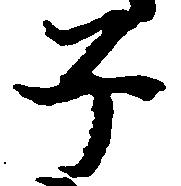
子